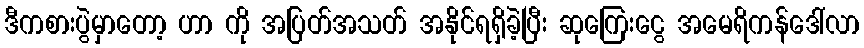
ဒီကစားပွဲမှာတော့ ဟာ ကို အပြတ်အသတ် အနိုင်ရရှိခဲ့ပြီး ဆုကြေးငွေ အမေရိကန်ဒေါ်လာ